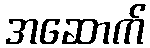
အဆောက်